Investigations on Bengal jail dietaries - Number 37
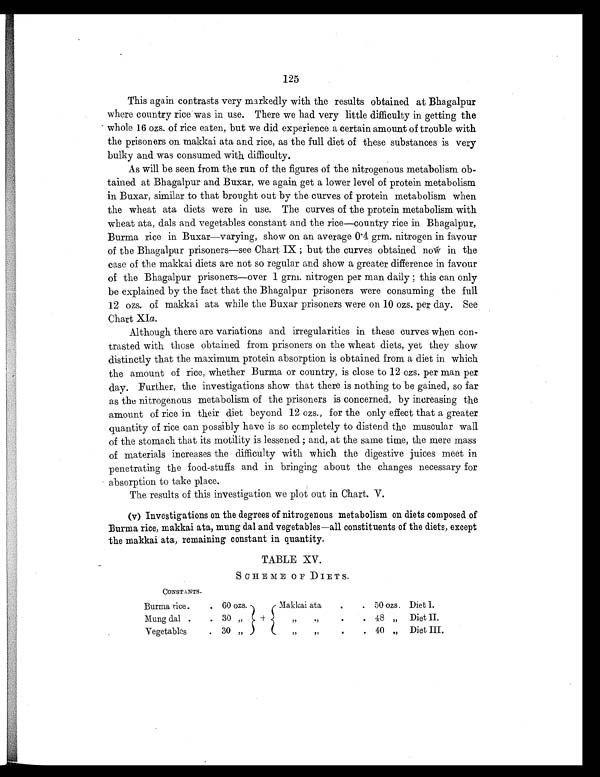
125
This again contrasts very markedly with the results obtained at Bhagalpur
where country rice was in use. There we had very little difficulty in getting the
whole 16 ozs. of rice eaten, but we did experience a certain amount of trouble with
the prisoners on makkai ata and rice, as the full diet of these substances is very
bulky and was consumed with difficulty.
As will be seen from the run of the figures of the nitrogenous metabolism ob-
tained at Bhagalpur and Buxar, we again get a lower level of protein metabolism
in Buxar, similar to that brought out by the curves of protein metabolism when
the wheat ata diets were in use. The curves of the protein metabolism with
wheat ata, dads and vegetables constant and the rice—country rice in Bhagalpur,
Burma rice in Buxar—varying, show on an average 0.4 grm. nitrogen in favour
of the Bhagalpur prisoners—see Chart IX; but the curves obtained now in the
case of the makkai diets are not so regular and show a greater difference in favour
of the Bhagalpur prisoners—over 1 grm. nitrogen per man daily this can only
be explained by the fact that the Bhagalpur prisoners were consuming the full
12 ozs. of makkai ata while the Buxar prisoners were on 10 ozs. per day. See
Chart XIa.
Although there are variations and irregularities in these curves when con-
trasted with those obtained from prisoners on the wheat diets, yet they show
distinctly that the maximum protein absorption is obtained from a diet in which
the amount of rice, whether Burma or country, is close to 12 ozs. per man per
day. Further, the investigations show that there is nothing to be gained, so far
as the nitrogenous metabolism of the prisoners is concerned, by increasing the
amount of rice in their diet beyond 12 ozs., for the only effect that a greater
quantity of rice can possibly have is so completely to distend the muscular wall
of the stomach that its motility is lessened; and, at the same time, the mere mass
of materials increases the difficulty with which the digestive juices meet in
penetrating the food-stuffs and in bringing about the changes necessary for
absorption to take place.
The results of this investigation we plot out in Chart. V.
(v) Investigations on the degrees of nitrogenous metabolism on diets composed of
Burma rice, makkai ata, mung dal and vegetables—all constituents of the diets, except
the makkai ata, remaining constant in quantity.
TABLE XV.
SCHEME OF DIETS.
CONSTANTS.
Burma rice.
. 60 ozs.
Makkai ata
.
. 50 ozs, Diet I.
Mung dal .
. 30 "
"
"
.
. 48 " Diet II.
Vegetables
. 30 "
"
"
.
. 40 " Diet III.